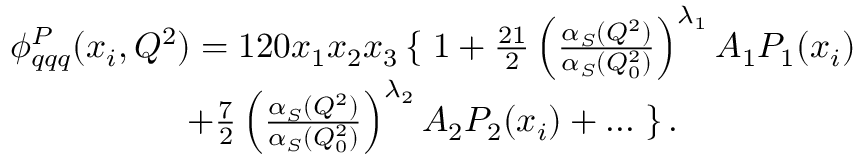
\begin{array} { c } { { \phi _ { q q q } ^ { P } ( x _ { i } , Q ^ { 2 } ) = 1 2 0 x _ { 1 } x _ { 2 } x _ { 3 } \left\{ \right. 1 + { \frac { 2 1 } { 2 } } \left( { \frac { \alpha _ { S } ( Q ^ { 2 } ) } { \alpha _ { S } ( Q _ { 0 } ^ { 2 } ) } } \right) ^ { \lambda _ { 1 } } A _ { 1 } P _ { 1 } ( x _ { i } ) } } \\ { { + { \frac { 7 } { 2 } } \left( { \frac { \alpha _ { S } ( Q ^ { 2 } ) } { \alpha _ { S } ( Q _ { 0 } ^ { 2 } ) } } \right) ^ { \lambda _ { 2 } } A _ { 2 } P _ { 2 } ( x _ { i } ) + . . . \left. \right\} . } } \end{array}